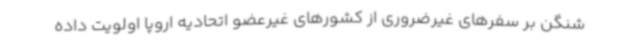
شنگن بر سفرهای غیرضروری از کشورهای غیرعضو اتحادیه اروپا اولویت داده